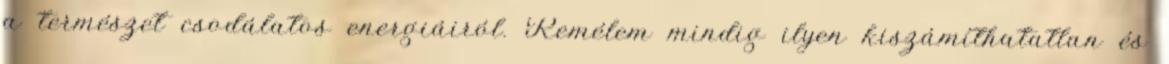
a természet csodálatos energiáiról. Remélem mindig ilyen kiszámíthatatlan és